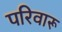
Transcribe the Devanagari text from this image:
परिवारू